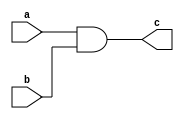
module AndGate(a,b,c) ;  // 2 

output c ;
input a,b ;
wire x ;

nand(x,a,b);
nand(c,x,x) ;

endmodule 

module AndGate16(a,b,c) ;  // 8

output [0:15] c ;
input [0:15] a,b ;

AndGate AG_1[0:15](a,b,c) ;

endmodule